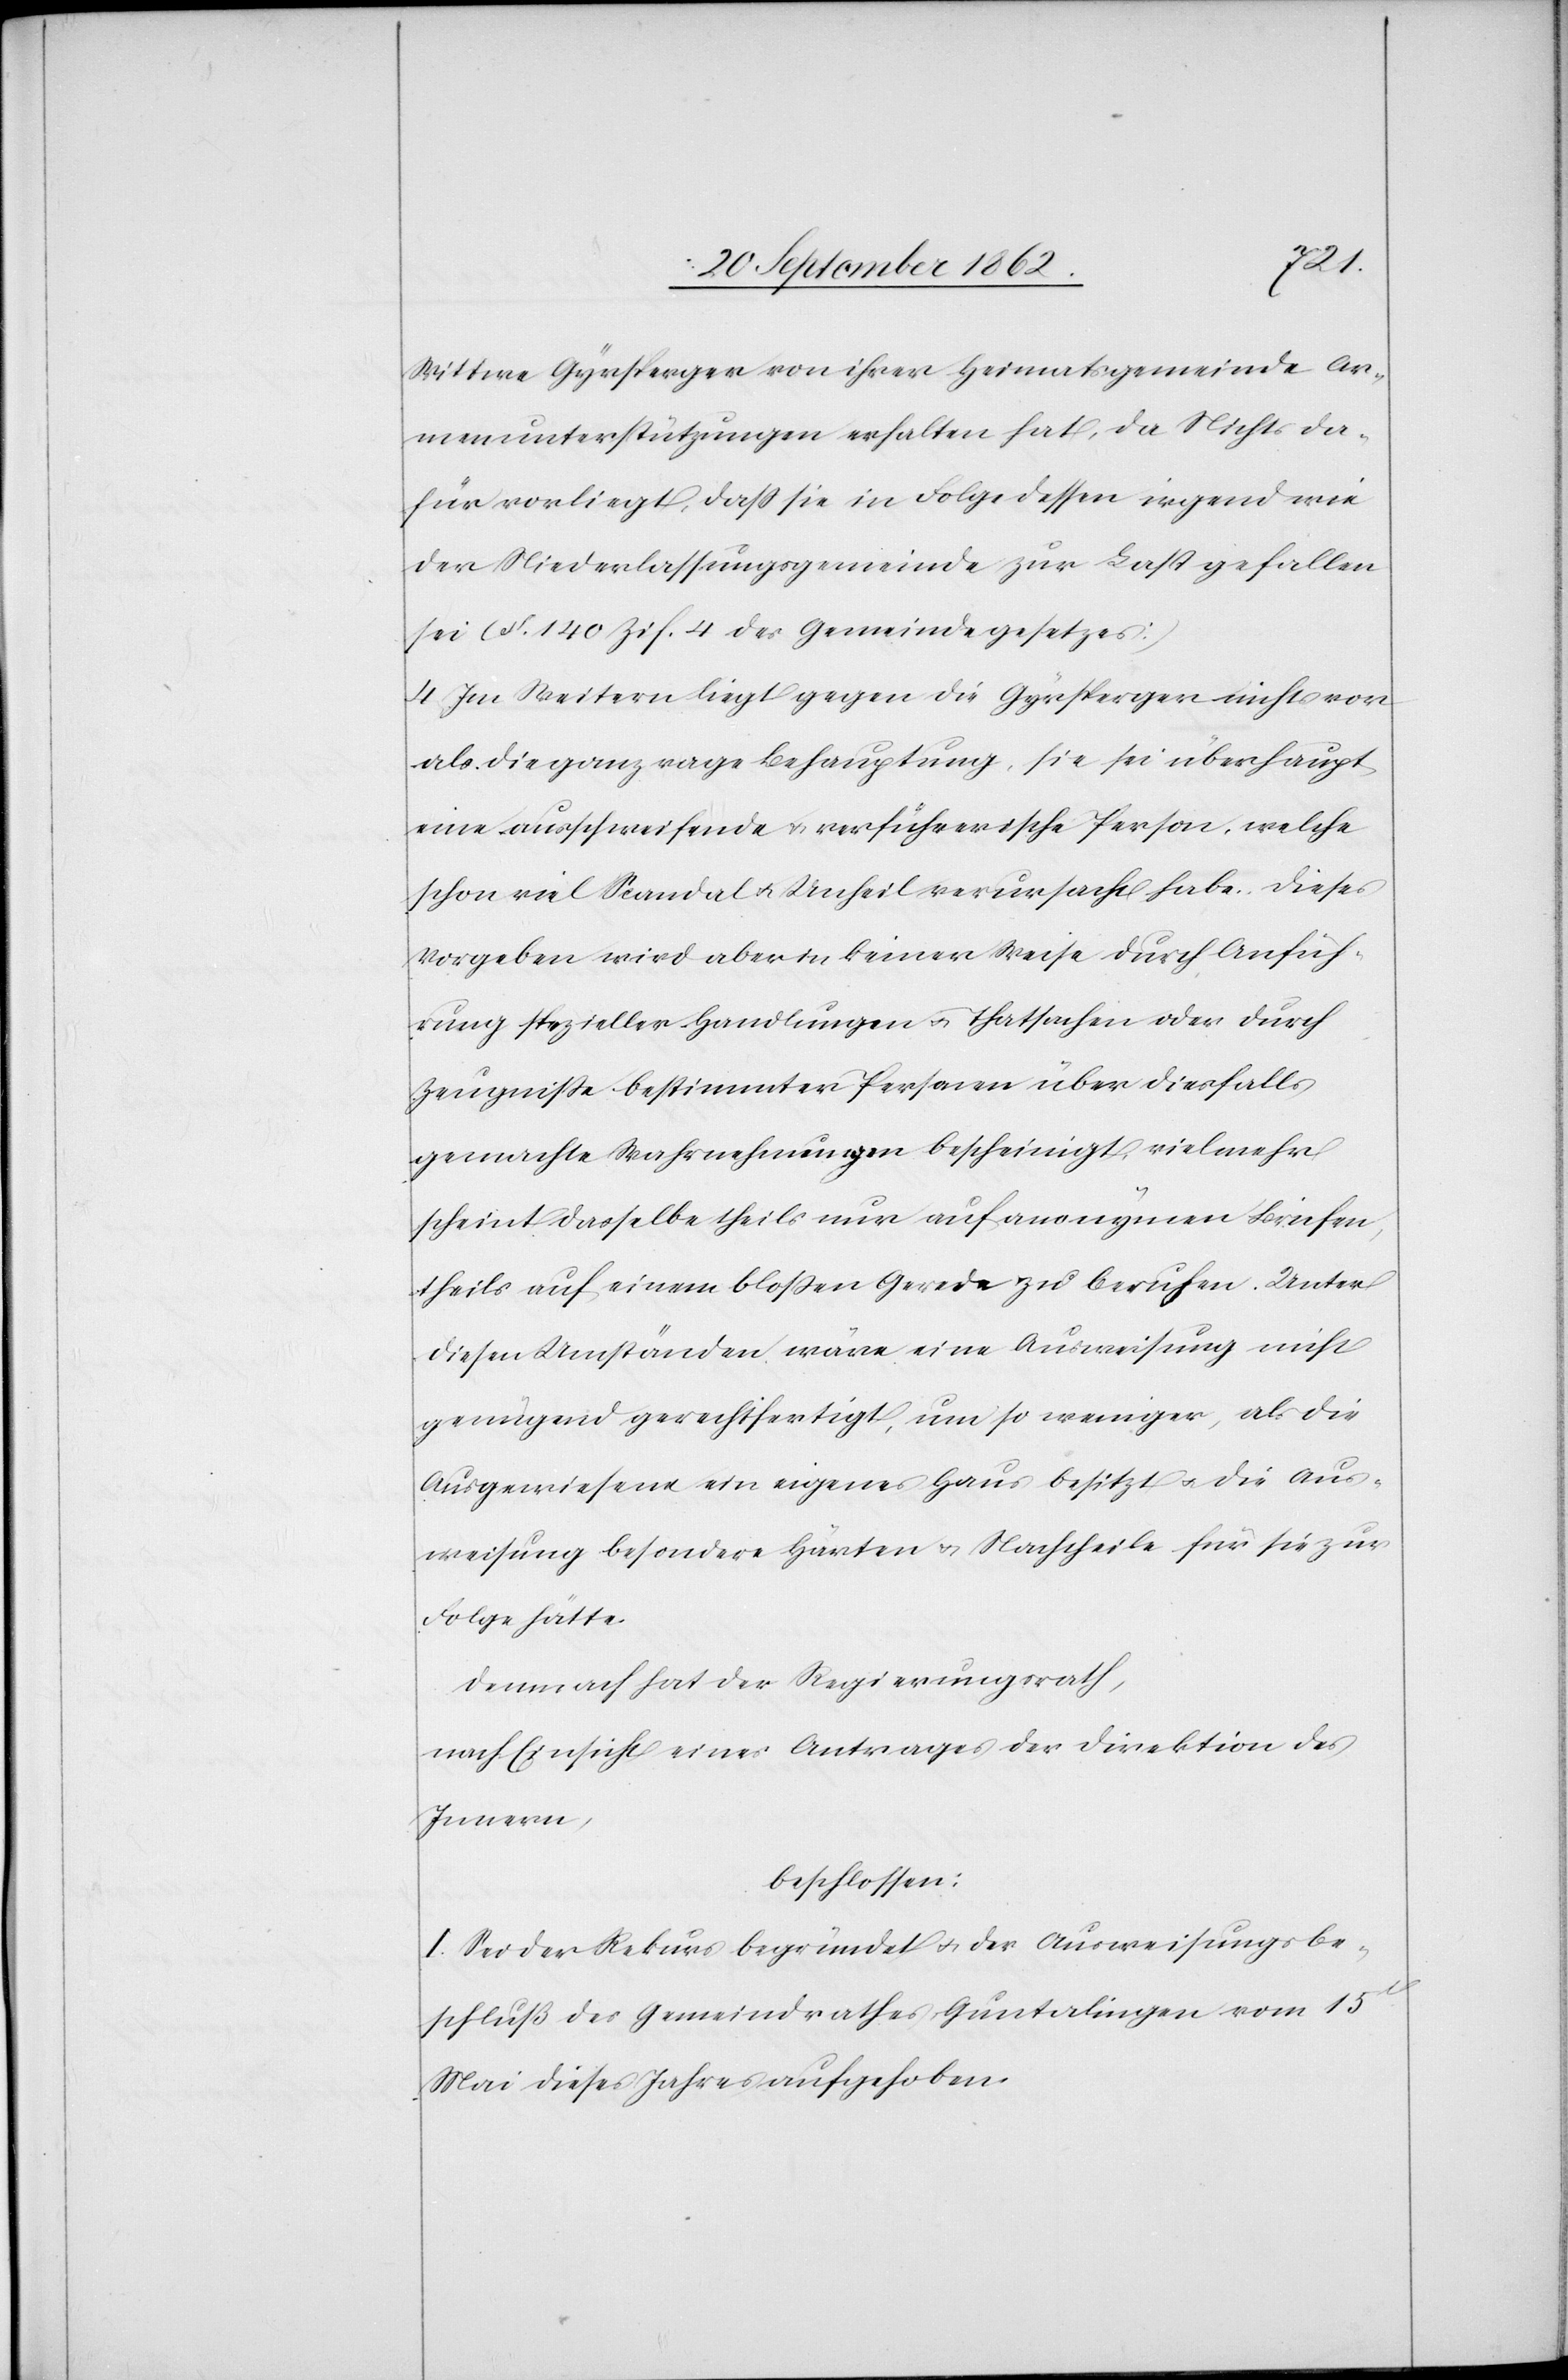
Wittwe Gyrsperger von ihrer Heimatsgemeinde Ar¬
menunterstützungen erhalten hat, da Nichts da¬
für vorliegt, daß sie in Folge dessen irgend wie
der Niederlassungsgemeinde zur Last gefallen
sei (§. 140 Zif. 4 des Gemeindegesetzes).
4. Im Weitern liegt gegen die Gyrsperger nichts vor
als die ganz vage Behauptung, sie sei überhaupt
eine ausschweifende u. verführerische Person, welche
schon viel Scandal u. Unheil verursacht habe. Dieses
Vorgeben wird aber in keiner Weise durch Anfüh¬
rung spezieller Handlungen u. Thatsachen oder durch
Zeugniße bestimmter Personen über diesfalls
gemachte Wahrnehmungen bescheinigt, vielmehr
scheint dasselbe theils nur auf anonymen Briefen,
theils auf einem bloßen Gerede zu beruhen. Unter
diesen Umständen wäre eine Ausweisung nicht
genügend gerechtfertigt, um so weniger, als die
Ausgewiesene ein eigenes Haus besitzt u. die Aus¬
weisung besondere Härten u. Nachtheile für sie zur
Folge hätte.
Demnach hat der Regierungsrath,
nach Einsicht eines Antrages der Direktion des
Innern,
beschlossen:
I. Sei der Rekurs begründet u. der Ausweisungsbe¬
schluß des Gemeindrathes Guntalingen vom 15t
Mai dieses Jahrs aufgehoben.